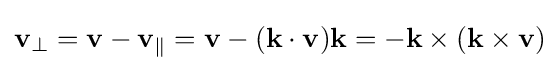
\mathbf {v} _{\perp }=\mathbf {v} -\mathbf {v} _{\parallel }=\mathbf {v} -(\mathbf {k} \cdot \mathbf {v} )\mathbf {k} =-\mathbf {k} \times (\mathbf {k} \times \mathbf {v} )